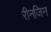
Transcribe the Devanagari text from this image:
रीनजिन